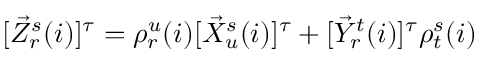
\begin{array} { r } { [ \vec { Z } _ { r } ^ { s } ( i ) ] ^ { \tau } = \rho _ { r } ^ { u } ( i ) [ \vec { X } _ { u } ^ { s } ( i ) ] ^ { \tau } + [ \vec { Y } _ { r } ^ { t } ( i ) ] ^ { \tau } \rho _ { t } ^ { s } ( i ) } \end{array}